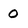
Character: 0